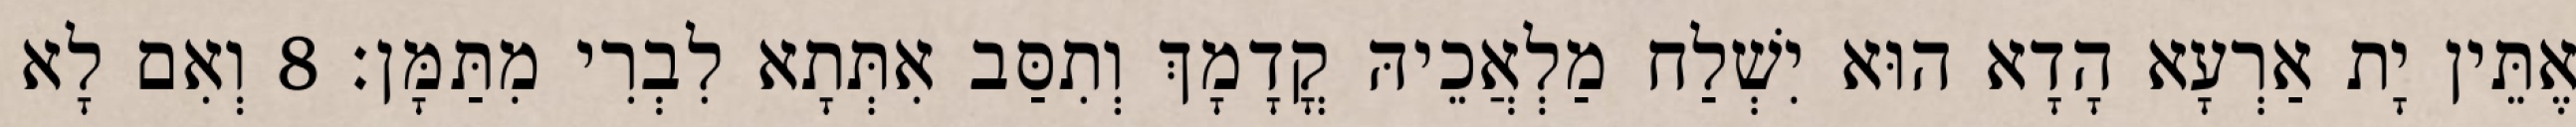
אֶתֵּין יָת אַרְעָא הָדָא הוּא יִשְׁלַח מַלְאֲכֵיהּ קֳדָמָךְ וְתִסַּב אִתְּתָא לִבְרִי מִתַּמָּן׃ 8 וְאִם לָא